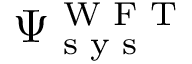
\Psi _ { \textrm { s y s } } ^ { \textrm { W F T } }